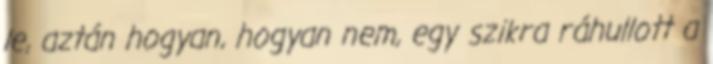
le, aztán hogyan, hogyan nem, egy szikra ráhullott a